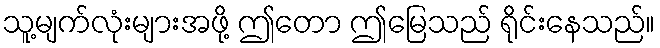
သူ့မျက်လုံးများအဖို့ ဤတော ဤမြေသည် ရိုင်းနေသည်။